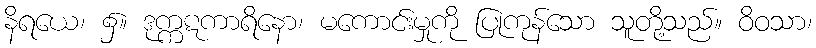
နိရယေ၊ ၌။ ဒုက္ကဋကာရိနော၊ မကောင်းမှုကို ပြုကုန်သော သူတို့သည်။ ဝိဝသာ၊